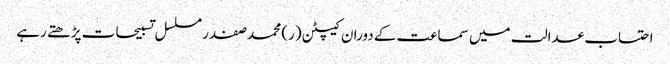
احتساب عدالت میں سماعت کے دوران کیپٹن (ر) محمد صفدر مسلسل تسبیحات پڑھتے رہے